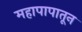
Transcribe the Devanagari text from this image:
महापापातून